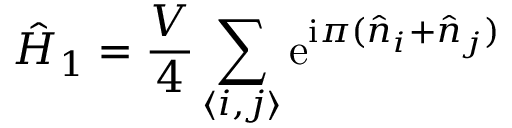
\hat { H } _ { 1 } = \frac { V } { 4 } \sum _ { \langle i , j \rangle } \mathrm { e } ^ { \mathrm { i } \pi ( \hat { n } _ { i } + \hat { n } _ { j } ) }